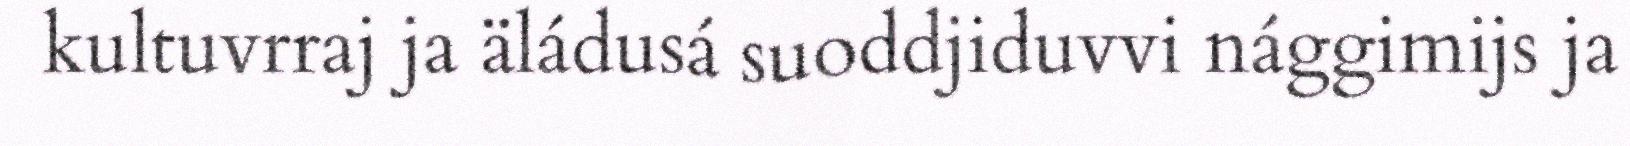
kultuvrraj ja äládusá suoddjiduvvi nággimijs ja